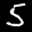
Label: 5